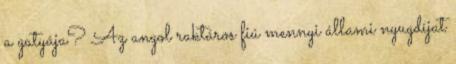
a gatyája? Az angol raktáros fiú mennyi állami nyugdíjat